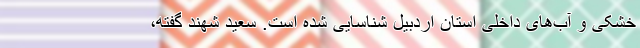
خشکی و آب‌های داخلی استان اردبیل شناسایی شده است. سعید شهند گفته،